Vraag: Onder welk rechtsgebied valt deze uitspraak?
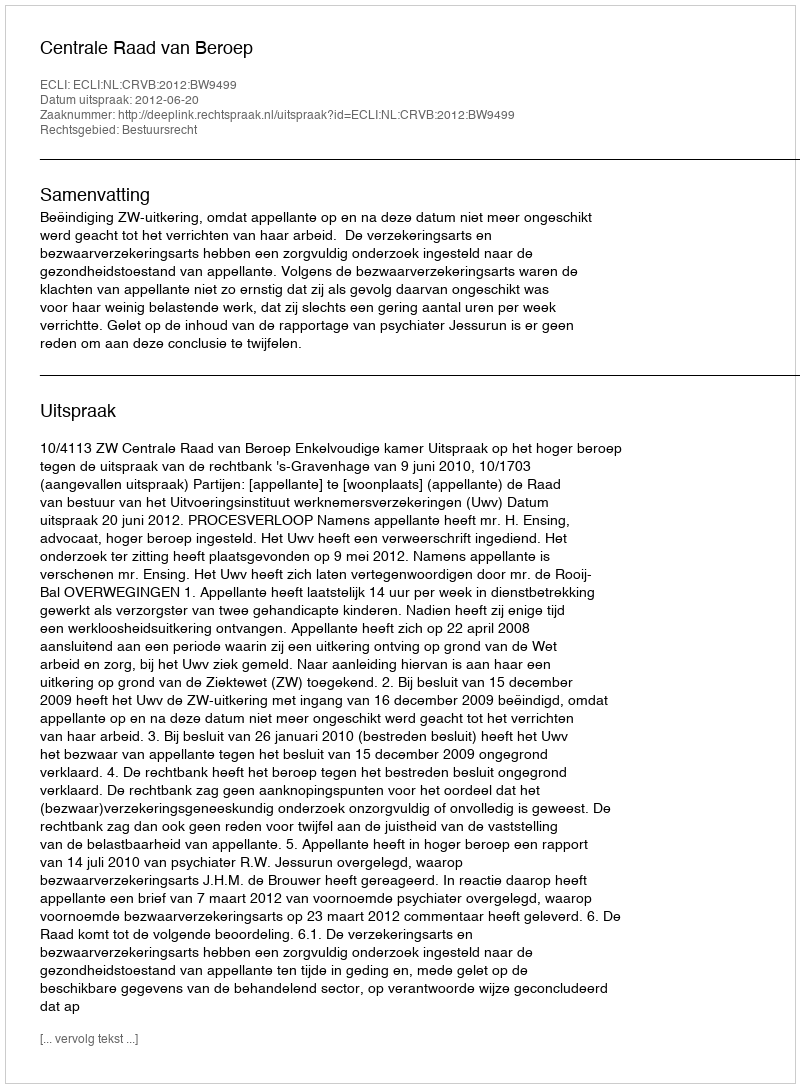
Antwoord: Bestuursrecht